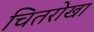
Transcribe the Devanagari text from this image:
चितरोखा